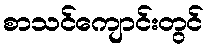
စာသင်ကျောင်းတွင်